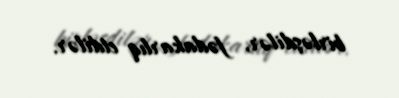
birləşdilər, fədakarlıq etdilər.